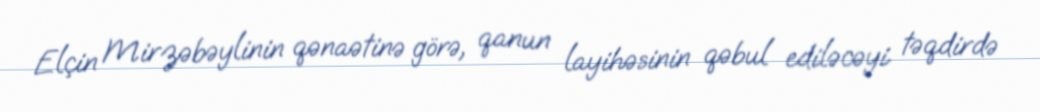
Elçin Mirzəbəylinin qənaətinə görə, qanun layihəsinin qəbul ediləcəyi təqdirdə